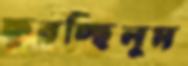
ফুরচ্ছিলুম